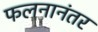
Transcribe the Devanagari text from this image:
फलनानंतर